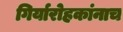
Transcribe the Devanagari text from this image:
गिर्यारोहकांनाच